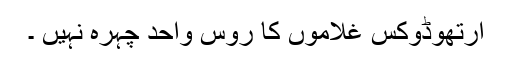
آرتھوڈوکس غلاموں کا روس واحد چہرہ نہیں ۔